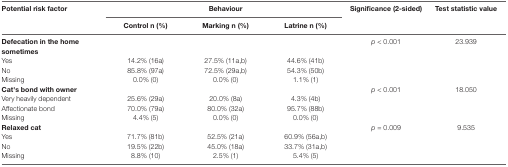
<table><thead><tr><td rowspan="2"><b>Potential risk factor</b></td><td colspan="3"><b>Behaviour</b></td><td rowspan="2"><b>Significance (2-sided)</b></td><td rowspan="2"><b>Test statistic value</b></td></tr><tr><td><b>Control n (%)</b></td><td><b>Marking n (%)</b></td><td><b>Latrine n (%)</b></td></tr></thead><tbody><tr><td><b>Defecation in the home sometimes</b></td><td></td><td></td><td></td><td><i>p</i> &lt; 0.001</td><td>23.939</td></tr><tr><td>Yes</td><td>14.2% (16a)</td><td>27.5% (11a,b)</td><td>44.6% (41b)</td><td></td><td></td></tr><tr><td>No</td><td>85.8% (97a)</td><td>72.5% (29a,b)</td><td>54.3% (50b)</td><td></td><td></td></tr><tr><td>Missing</td><td>0.0% (0)</td><td>0.0% (0)</td><td>1.1% (1)</td><td></td><td></td></tr><tr><td><b>Cat&#x27;s bond with owner</b></td><td></td><td></td><td></td><td><i>p</i> &lt; 0.001</td><td>18.050</td></tr><tr><td>Very heavily dependent</td><td>25.6% (29a)</td><td>20.0% (8a)</td><td>4.3% (4b)</td><td></td><td></td></tr><tr><td>Affectionate bond</td><td>70.0% (79a)</td><td>80.0% (32a)</td><td>95.7% (88b)</td><td></td><td></td></tr><tr><td>Missing</td><td>4.4% (5)</td><td>0.0% (0)</td><td>0.0% (0)</td><td></td><td></td></tr><tr><td><b>Relaxed cat</b></td><td></td><td></td><td></td><td><i>p</i> = 0.009</td><td>9.535</td></tr><tr><td>Yes</td><td>71.7% (81b)</td><td>52.5% (21a)</td><td>60.9% (56a,b)</td><td></td><td></td></tr><tr><td>No</td><td>19.5% (22b)</td><td>45.0% (18a)</td><td>33.7% (31a,b)</td><td></td><td></td></tr><tr><td>Missing</td><td>8.8% (10)</td><td>2.5% (1)</td><td>5.4% (5)</td><td></td><td></td></tr></tbody></table>